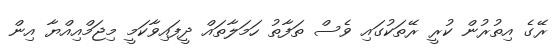
ރޭގެ އިތުރުން ކުރީ ރޭތަކުގައި ވެސް ތަފާތު ހަމަލާތައް ދީފައިވާކަމީ މިޖަމްއިއްޔާ އިން